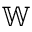
\mathbb { W }